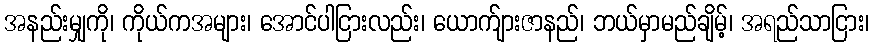
အနည်းမျှကို၊ ကိုယ်ကအများ၊ အောင်ပါငြားလည်း၊ ယောက်ျားဇာနည်၊ ဘယ်မှာမည်ချိမ့်၊ အရည်သာငြား၊